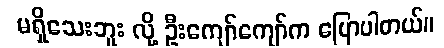
မရှိသေးဘူး လို့ ဦးကျော်ကျော်က ပြောပါတယ်။